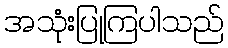
အသုံးပြုကြပါသည်